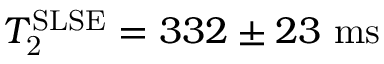
T _ { \mathrm { 2 } } ^ { \mathrm { S L S E } } = 3 3 2 \pm 2 3 ~ \mathrm { m s }